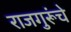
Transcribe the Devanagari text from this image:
राजगुरूंचे